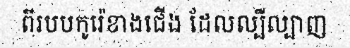
ពីរបបកូរ៉េខាងជើង ដែលល្បីល្បាញ